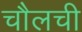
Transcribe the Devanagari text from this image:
चौलची